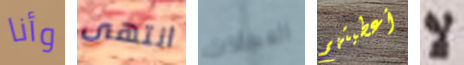
وأنا انتهى العجلات أعطيتهم لا